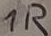
Text: 1R